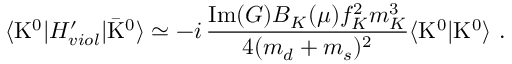
\langle \mathrm { K } ^ { 0 } | H _ { v i o l } ^ { \prime } | \bar { \mathrm { K } } ^ { 0 } \rangle \simeq - i \, \frac { \mathrm { I m } ( G ) B _ { K } ( \mu ) f _ { K } ^ { 2 } m _ { K } ^ { 3 } } { 4 ( m _ { d } + m _ { s } ) ^ { 2 } } \langle \mathrm { K } ^ { 0 } | { \mathrm { K } } ^ { 0 } \rangle \ .